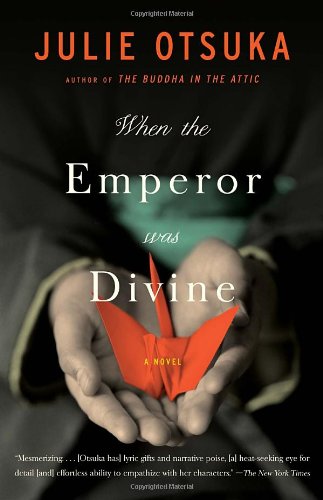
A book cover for When the Emperor Was Divine; Julie Otsuka; Literature & Fiction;